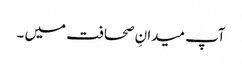
آپ میدانِ صحافت میں ۔